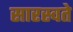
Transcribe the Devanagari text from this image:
सारस्वते